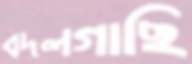
বদলগাছি